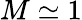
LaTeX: M\simeq 1